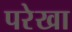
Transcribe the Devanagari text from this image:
परेखा